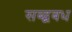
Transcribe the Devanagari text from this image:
सब्द्बबध